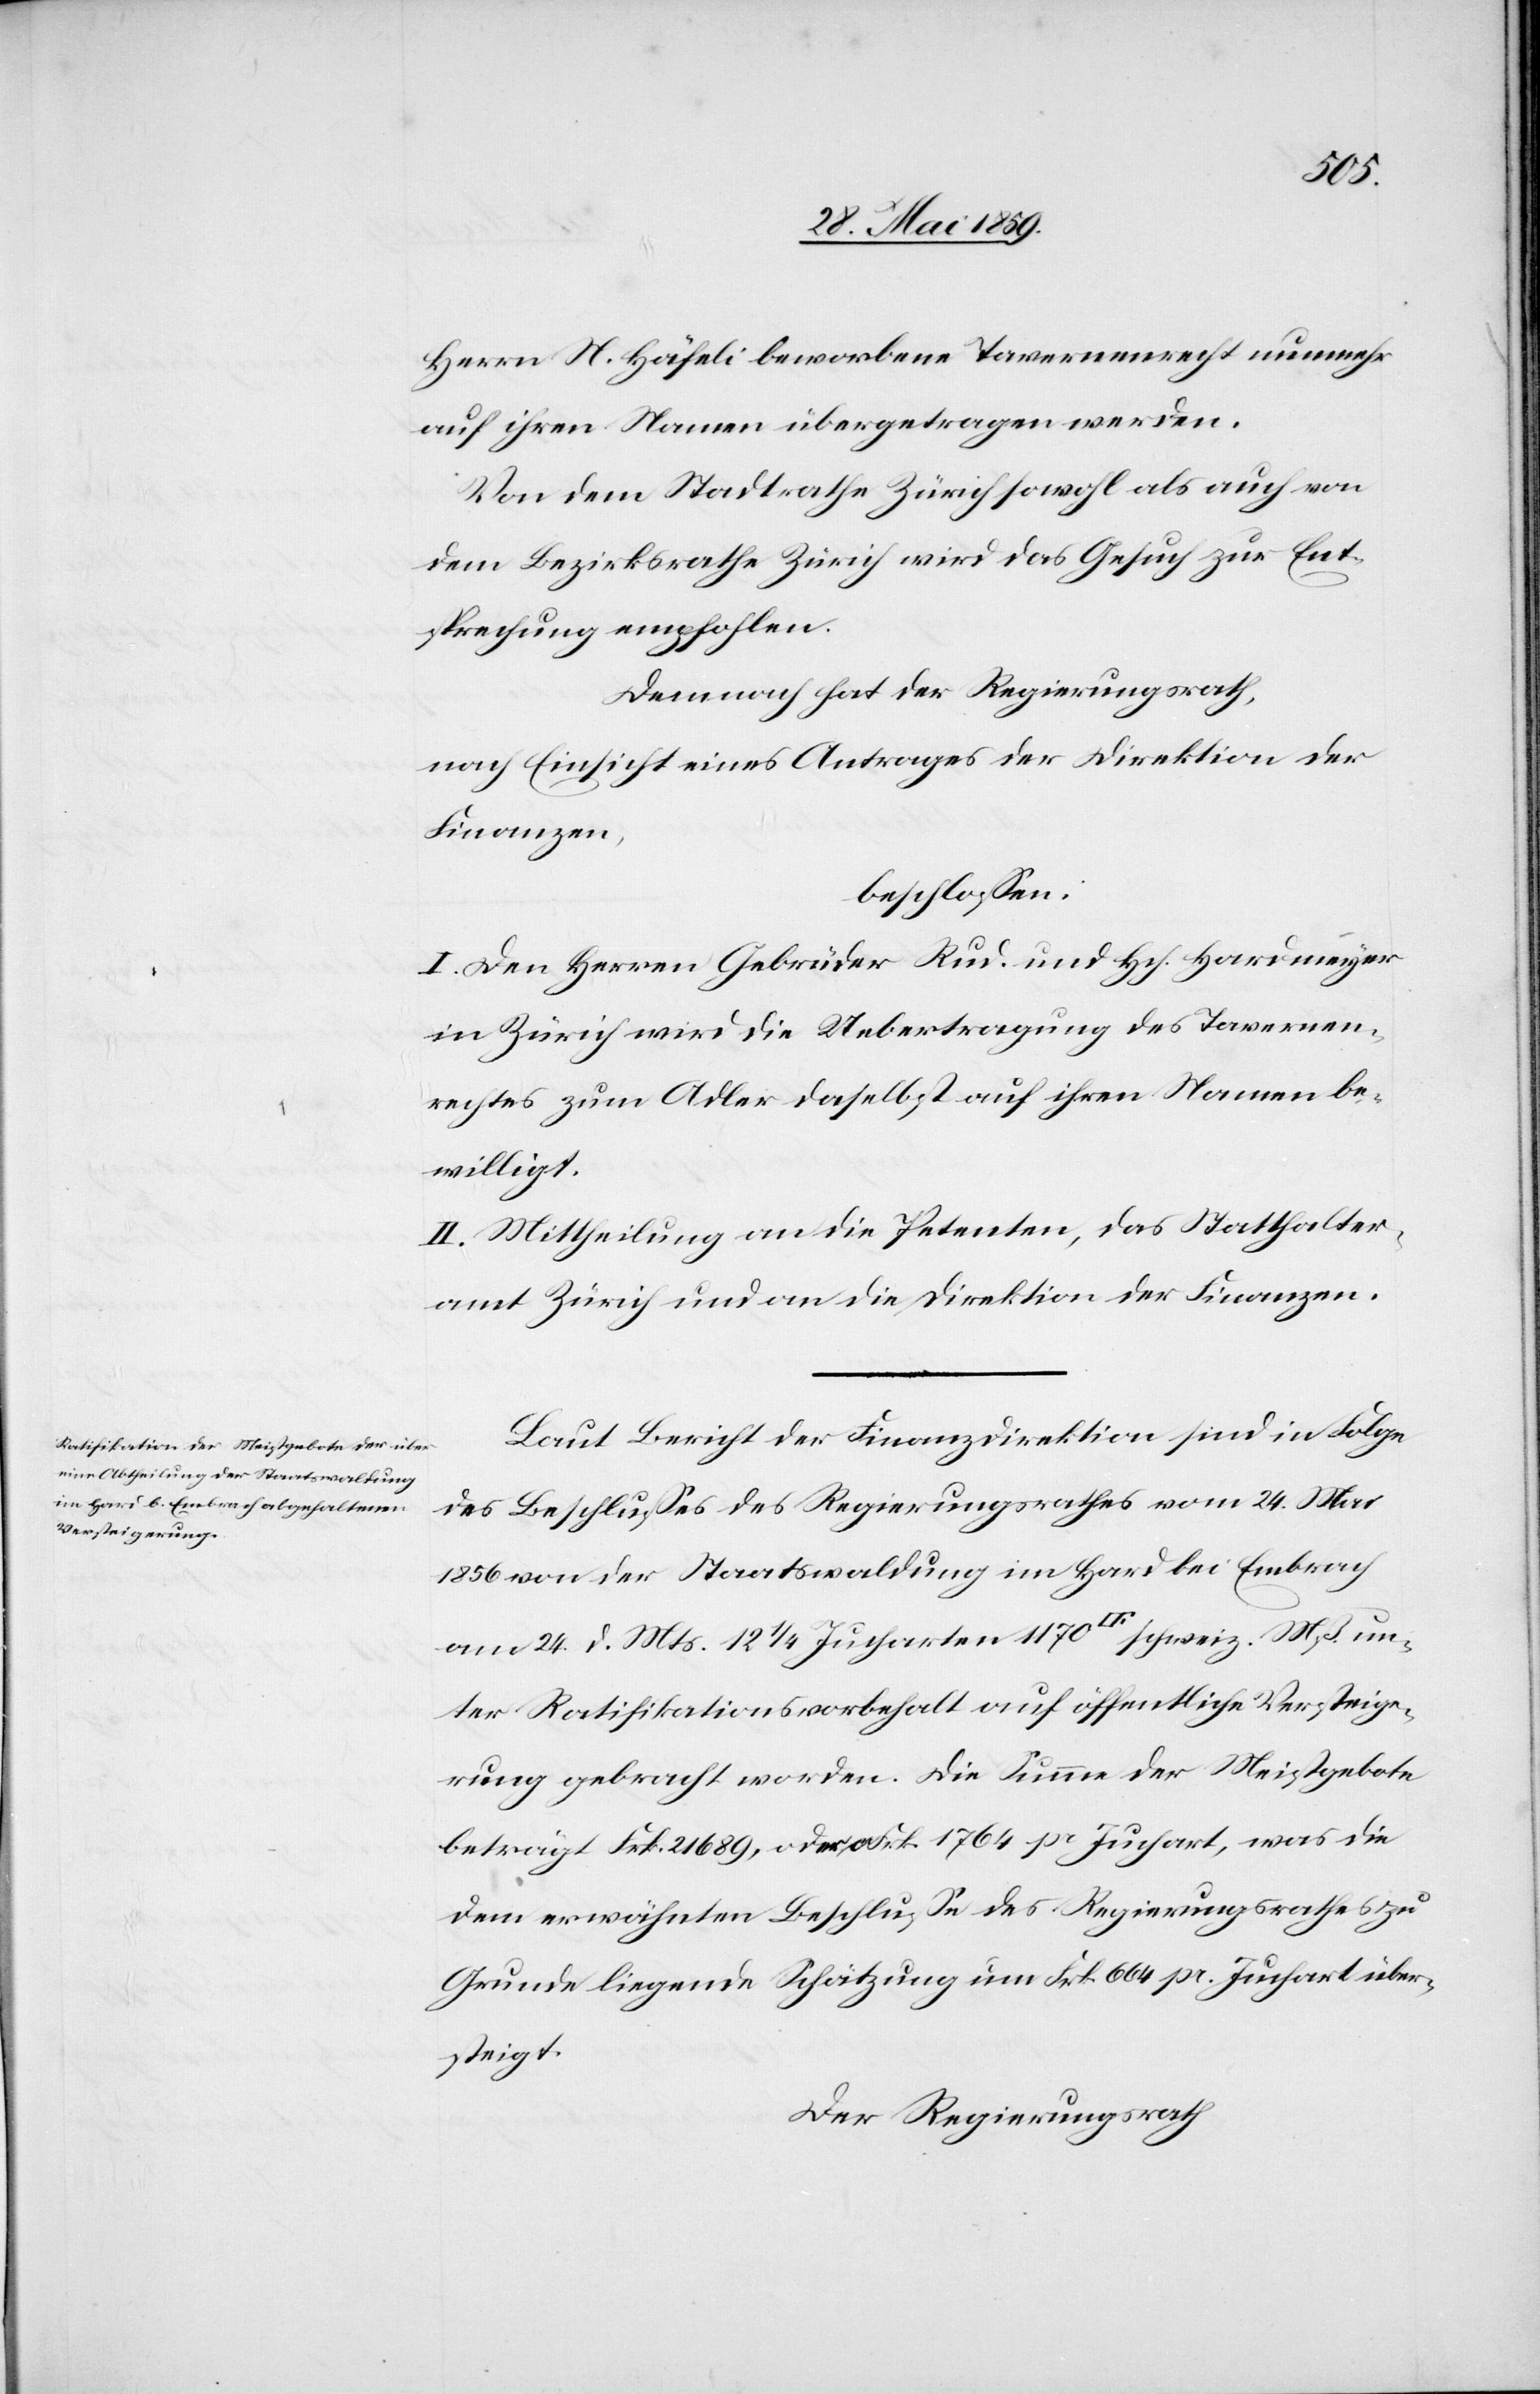
Herrn N. Häfeli beworbene Tavernenrecht nunmehr
auf ihren Namen übergetragen werden.
Von dem Stadtrathe Zürich sowohl als auch von
dem Bezirksrathe Zürich wird das Gesuch zur Ent¬
sprechung empfohlen.
Demnach hat der Regierungsrath,
nach Einsicht eines Antrages der Direktion der
Finanzen,
beschlossen:
I. Den Herren Gebrüder Rud. und Hch. Hardmeyer
in Zürich wird die Uebertragung des Tavernen¬
rechtes zum Adler daselbst auf ihren Namen be¬
willigt.
II. Mittheilung an die Petenten, das Statthalter¬
amt Zürich und an die Direktion der Finanzen.
Laut Bericht der Finanzdirektion sind in Folge
des Beschlusses des Regierungsrathes vom 24. März
1856 von der Staatswaldung im Hard bei Embrach
am 24. d. Mts. 12 ¼ Jucharten 1170 [Quadratfuss] schweiz. Mß. un¬
ter Ratifikationsvorbehalt auf öffentliche Versteige¬
rung gebracht worden. Die Summe der Meistgebote
beträgt Frk. 21689, oder Frk 1764 pr Juchart, was die
dem erwähnten Beschlusse des Regierungsrathes zu
Grunde liegende Schätzung um Frk 664 pr. Juchart über¬
steigt.
Der Regierungsrath